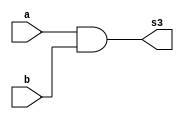

 // ------------------------- 
// Exemplo0034 - F4 
// Nome: Gustavo Jota Resende
// ------------------------- 
// ------------------------- 
// f4_gate 
// ------------------------- 
module f5 (output [3:0] s3, 
input [3:0] a, 
input [3:0] b );
assign s3 = (a & b); 
	endmodule // f5	
module f4 (output [3:0] s, 
input [3:0] a, 
input [3:0] b);
assign s = (a ^ b);
endmodule // f4 

module f3 (output [3:0] s2, 
input [3:0] a, 
input [3:0] b); 
 assign s1 = ~(a ^ b); 
	endmodule // f3 
	
	module f6 (output [3:0] s3, 
input [3:0] a, 
input [3:0] b );
assign s3 = ~(a & b); 
	endmodule // f6
	
	module f7 (output [3:0] s3, 
input [3:0] a, 
input [3:0] b );
assign s3 = ~(a | b); 
	endmodule // f7
	
	module f8 (output [3:0] s3, 
input [3:0] a, 
input [3:0] b );
assign s3 = (a | b); 
	endmodule // f8
	
	module f9 (output [3:0] s3, 
input [3:0] a );
assign s3 = ~(a); 
	endmodule // f9
module test_f4; 
// ------------------------- definir dados 
reg [3:0] x; 
reg [3:0] y; 
reg [3:0] chave;
wire [3:0] z; 
wire [3:0] k;
wire [3:0] l;
wire [3:0] m;
wire [3:0] n;
wire [3:0] o;
wire [3:0] p;
f4 modulo (z, x, y); 
f3 modulo2 (k, x, y); 
f5 modulo3 (l, z, k);
f6 modulo4 (m, x, y);
f7 modulo5 (n, x, y);
f8 modulo6 (o, x, y);
f9 modulo7 (p, x);
// ------------------------- parte principal 
initial begin 
$display("Exemplo0034 - Gustavo Jota Resende - 427413"); 
$display("Test LU's module"); 
x = 4'b0011; y = 4'b0101; 

// projetar testes do modulo 
#1 $display(" XNOR %b & %b = %b", x, y, k);
#1 $display(" XOR %b | %b = %b", x, y, z); 
#1 $display(" AND %b | %b = %b", x, y, l); 
#1 $display(" NAND %b | %b = %b", x, y, m); 
#1 $display(" NOR %b | %b = %b", x, y, n);
#1 $display(" OR %b | %b = %b", x, y, o);
#1 $display(" NOT %b | %b = %b", x, p); 



	
	


end 
endmodule // test_f4 

//Testes
//Theldo, no entendi os erro ocorridos na execuo
//Testes:
//  0011 & 0101 = zzzz
// 0011 | 0101 = 0110
// 0011 | 0101 = 0xx0
// 0011 | 0101 = 1110
// 0011 | 0101 = 1000
// 0011 | 0101 = 0111
// 0011 | 1100 = ?